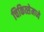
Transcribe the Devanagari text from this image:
चिकित्सेमध्ये